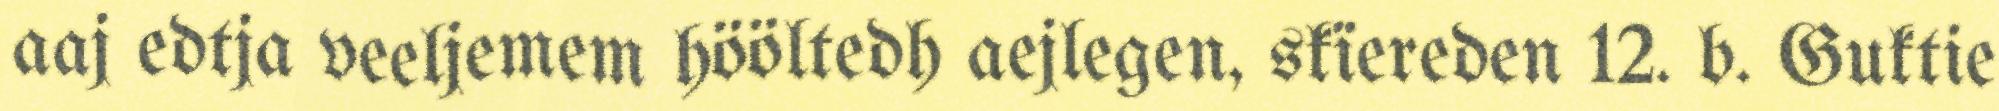
aaj edtja veeljemem hööltedh aejlegen, skïereden 12. b. Guktie